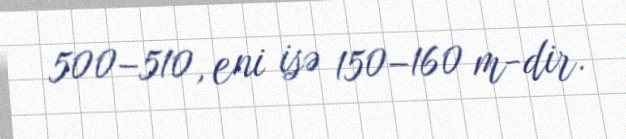
500–510, eni isə 150–160 m-dir.